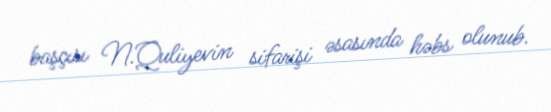
başçısı N.Quliyevin sifarişi əsasında həbs olunub.